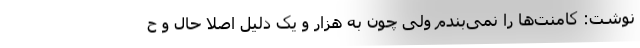
نوشت: کامنت‌ها را نمی‌بندم ولی چون به هزار و یک دلیل اصلا حال و ح